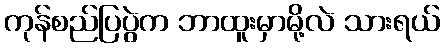
ကုန်စည်ပြပွဲက ဘာထူးမှာမို့လဲ သားရယ်